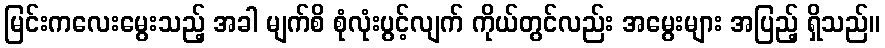
မြင်းကလေးမွေးသည့် အခါ မျက်စိ စုံလုံးပွင့်လျက် ကိုယ်တွင်လည်း အမွေးများ အပြည့် ရှိသည်။